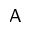
\mathsf { A }